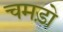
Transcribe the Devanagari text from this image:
चमड़ो